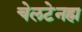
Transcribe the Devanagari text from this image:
चेलटेनह्म